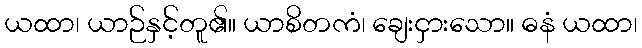
ယထာ၊ ယာဉ်နှင့်တူ၏။ ယာစိတကံ၊ ချေးငှားသော။ ဓနံ ယထာ၊